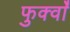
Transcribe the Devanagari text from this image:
फुर्क्वाँ